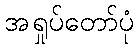
အရှုပ်တော်ပုံ